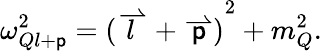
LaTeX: \omega_{Ql+\mathsf{p}}^{2}={(\stackrel{\rightharpoonup}{l}+\stackrel{\rightharpoonup}{\mathsf{p}})}^{2}+m_{Q}^{2}.